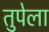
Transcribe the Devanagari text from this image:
तुपेला